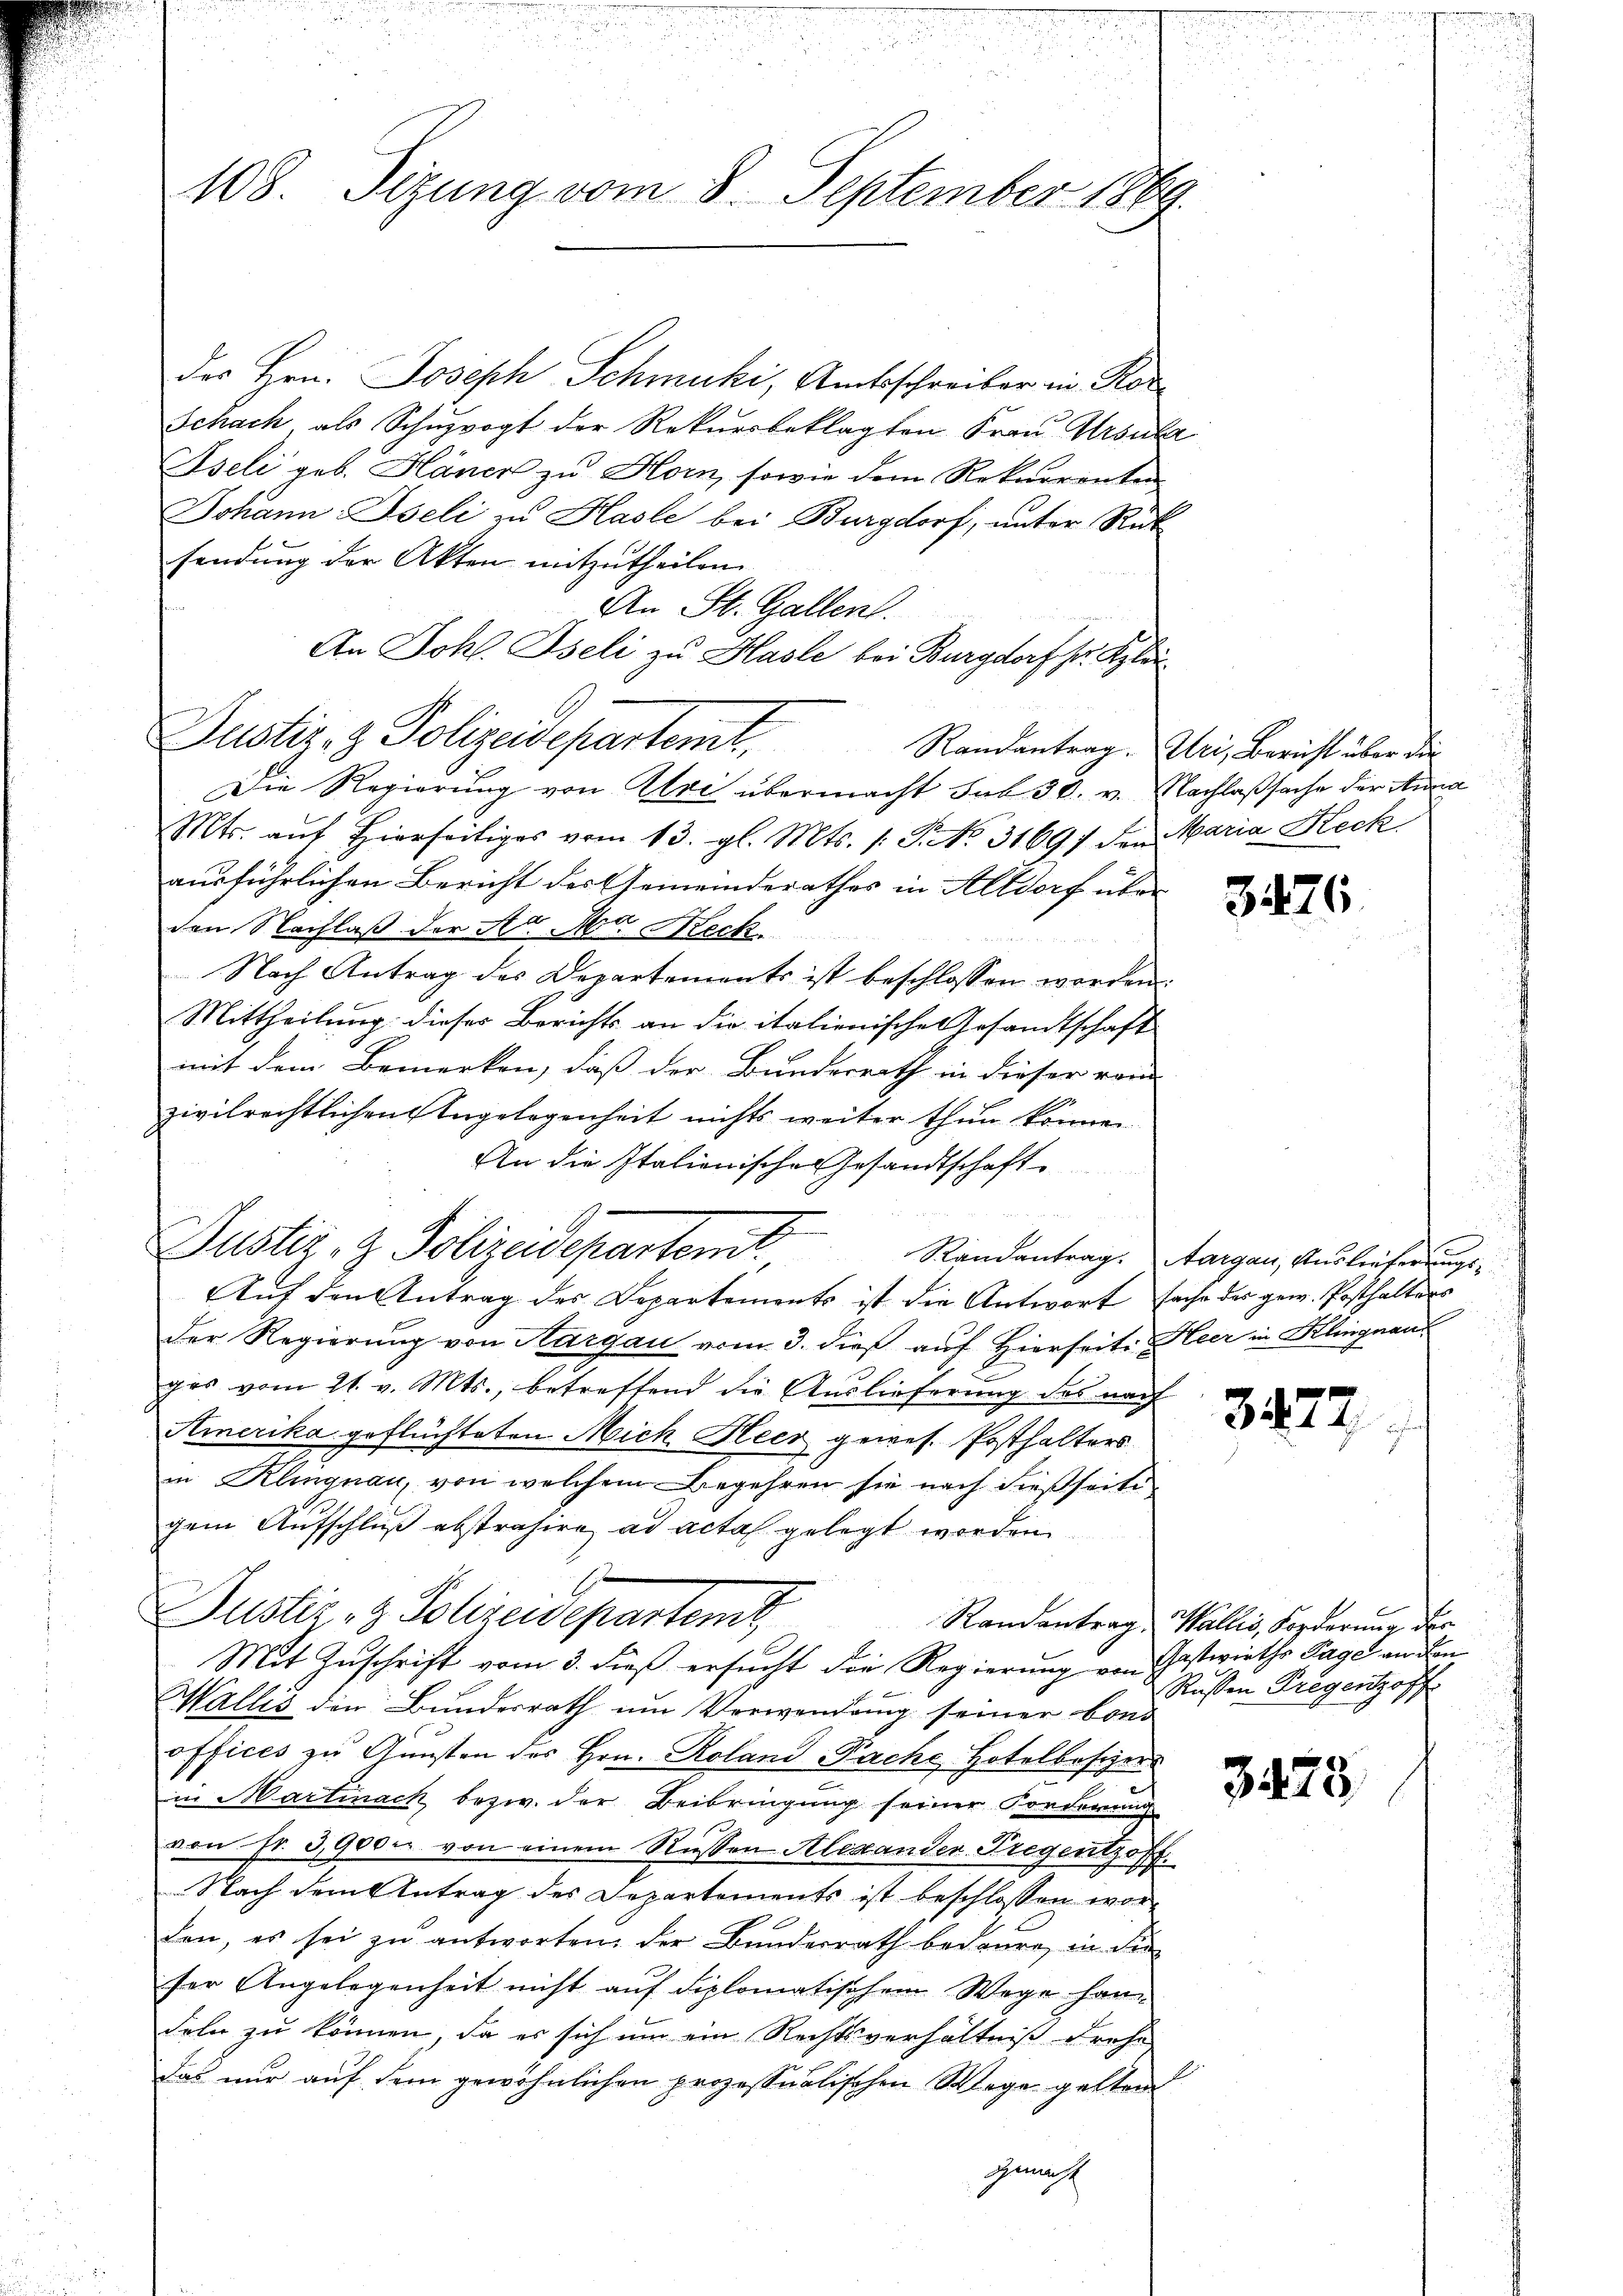
108. Sizung vom 8. September 1869.

der Hrn. Joseph Schmuki, Amtsschreiber in Kor
Schach als Schŭpvogt der Rekursbeklagten Frau Ursula
Aseli geb. Häner zu Horn, sowie dem Rekurrenten
Johann Iseli zu Hasle bei Burgdorf, unter Rück
sendung der Akten mitzutheilen.
An St. Gallen.
An Johs. Iseli zu Hasle bei Burgdorf Sr. Klei
Die Regierung von Alvi übermacht sub 30. v. Nachlaßsache der Anna
Mts. auf hierseitiges vom 13. gl. Mts. 1. P. No. 31697 den Maria Heck
ausführlichen Bericht des Gemeinderathes in Altdorf über
den Nachlaß der A Ma Reck
Nach Antrag des Departements ist beschlossen worden.
Mittheilung dieses Berichts an die italienische Gesandtschaft
mit dem Bemerken, daß der Bundesrath in dieser vom
zivilrechtlichen Angelegenheit nichts weiter thun können
An die Italionische Gesandtschaft
Auf den Antrag des Departements ist die Antwort fache des gew. Posthalters
der Regierung von Aargau vom 3. dieß auf Hierseite Heer in Klingnau
ges vom 21. v. Mts., betreffend die Auslieferŭng des nach
Amerika geflüchteten Mich Heer gewes. Posthalters
in Klingnau, von welchem Begehren sie nach dießseiti
gem Aufschluß abstrahire ad acta gelegt worden.
Justiz & Polizeidepartemb
Randantrag, Wallis, Forderung der
Mit Zuschrift vom 3. dieß ersucht die Regierung von Gastwirths Tage an den
f
Wallis den Bundesrath um Verwendung seiner Conoffices zu Gunsten des Hrn. Roland Pache Hotelbesizer
in Martinach, bezw. der Beibringung seiner Forderung
von fr. 3900. von einem Russen Alexander-Tregentzoff.
Nach dem Antrag des Departements ist beschlossen worden, es sei zŭ antworten der Bunderrath bedaure, in die
ser Angelegenheit nicht auf diplomatischem Wege handeln zu können, da es sich um ein Rechtsverhältniß drehe
Das nur auf dem gewöhnlichen prozessualischen Wege gelten
Gemacht

Justiz- & Polizeidepartemt,

Justiz- & Polizeidepartemt

Randantrag. Uri, Bericht über die

3476

Randantrag. Aargau, Auslieferungs¬

3477

Russen Bregenzoff

3473